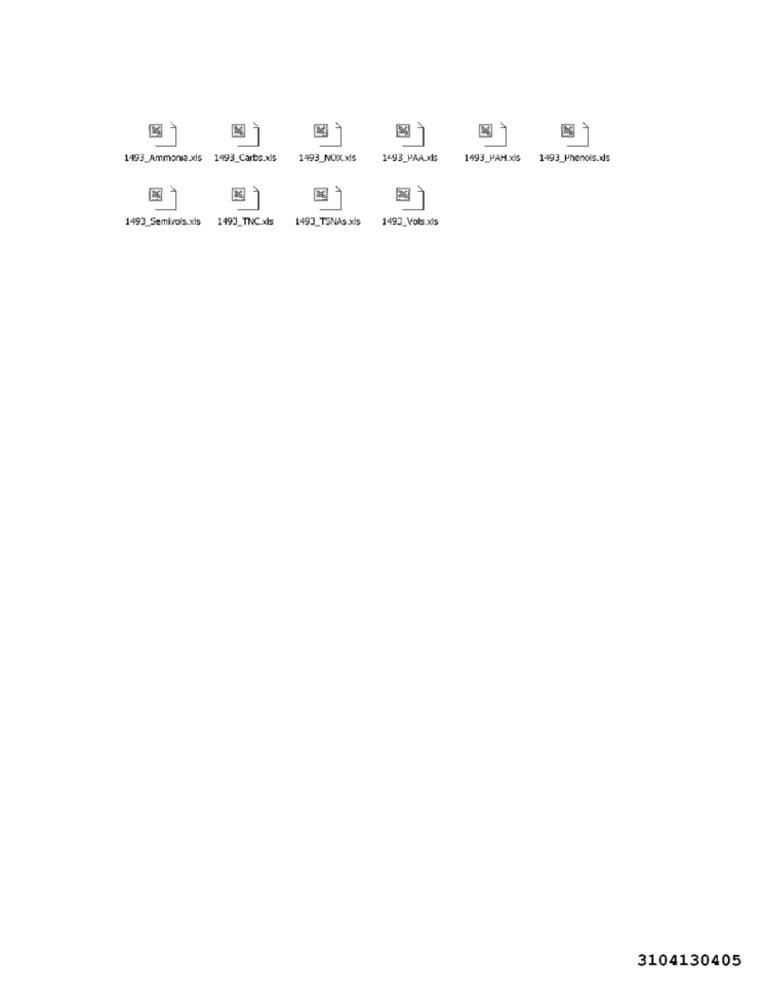
7
1493_Ammonia.xls 1993_Carbs.xls
1493_NOX.XIS
1493_PAA.MIS
1493_PAH.xls 1493_Phenols.xls
1
E3
7
1493_Semivols.xls 1493_TNC.xds
1493_TSNAs.xls 1493_Vols xis
3104130405